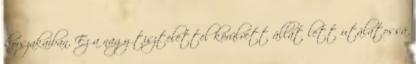
korszakaiban. Ez a nagy tisztelettel körülvett állat lett utálatossá